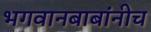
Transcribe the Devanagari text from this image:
भगवानबाबांनीच